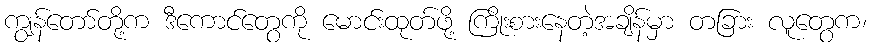
ကျွန်တော်တို့က ဒီကောင်တွေကို မောင်းထုတ်ဖို့ ကြိုးစားနေတဲ့အချိန်မှာ တခြား လူတွေက၊